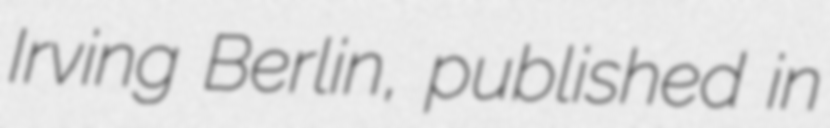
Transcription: Irving Berlin, published in